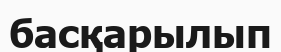
басқарылып